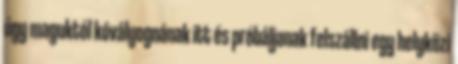
úgy maguktól kóvályognának itt és próbáljanak felszállni egy helyközi